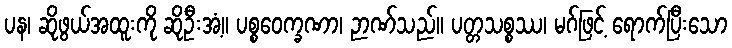
ပန၊ ဆိုဖွယ်အထူးကို ဆိုဦးအံ့။ ပစ္စဝေက္ခဏာ၊ ဉာဏ်သည်။ ပတ္တသစ္စဿ၊ မဂ်ဖြင့် ရောက်ပြီးသော